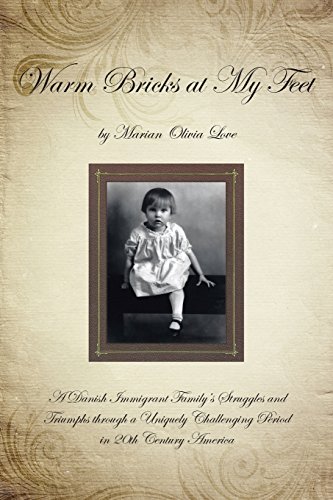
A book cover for Warm Bricks at My Feet: A Danish Immigrant Family's Struggles and Triumphs Through a Uniquely Challenging Period in 20th Century America; Marian Love; Biographies & Memoirs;